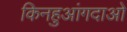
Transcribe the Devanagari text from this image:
किनहुआंगदाओ